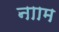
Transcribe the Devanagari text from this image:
नााम